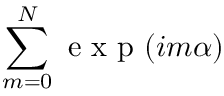
\sum _ { m = 0 } ^ { N } \mathrm { ~ e ~ x ~ p ~ } ( i m \alpha )